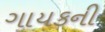
ગાયકની